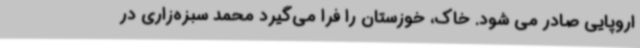
اروپایی صادر می شود. خاک، خوزستان را فرا می‌گیرد محمد سبزه‌زاری در